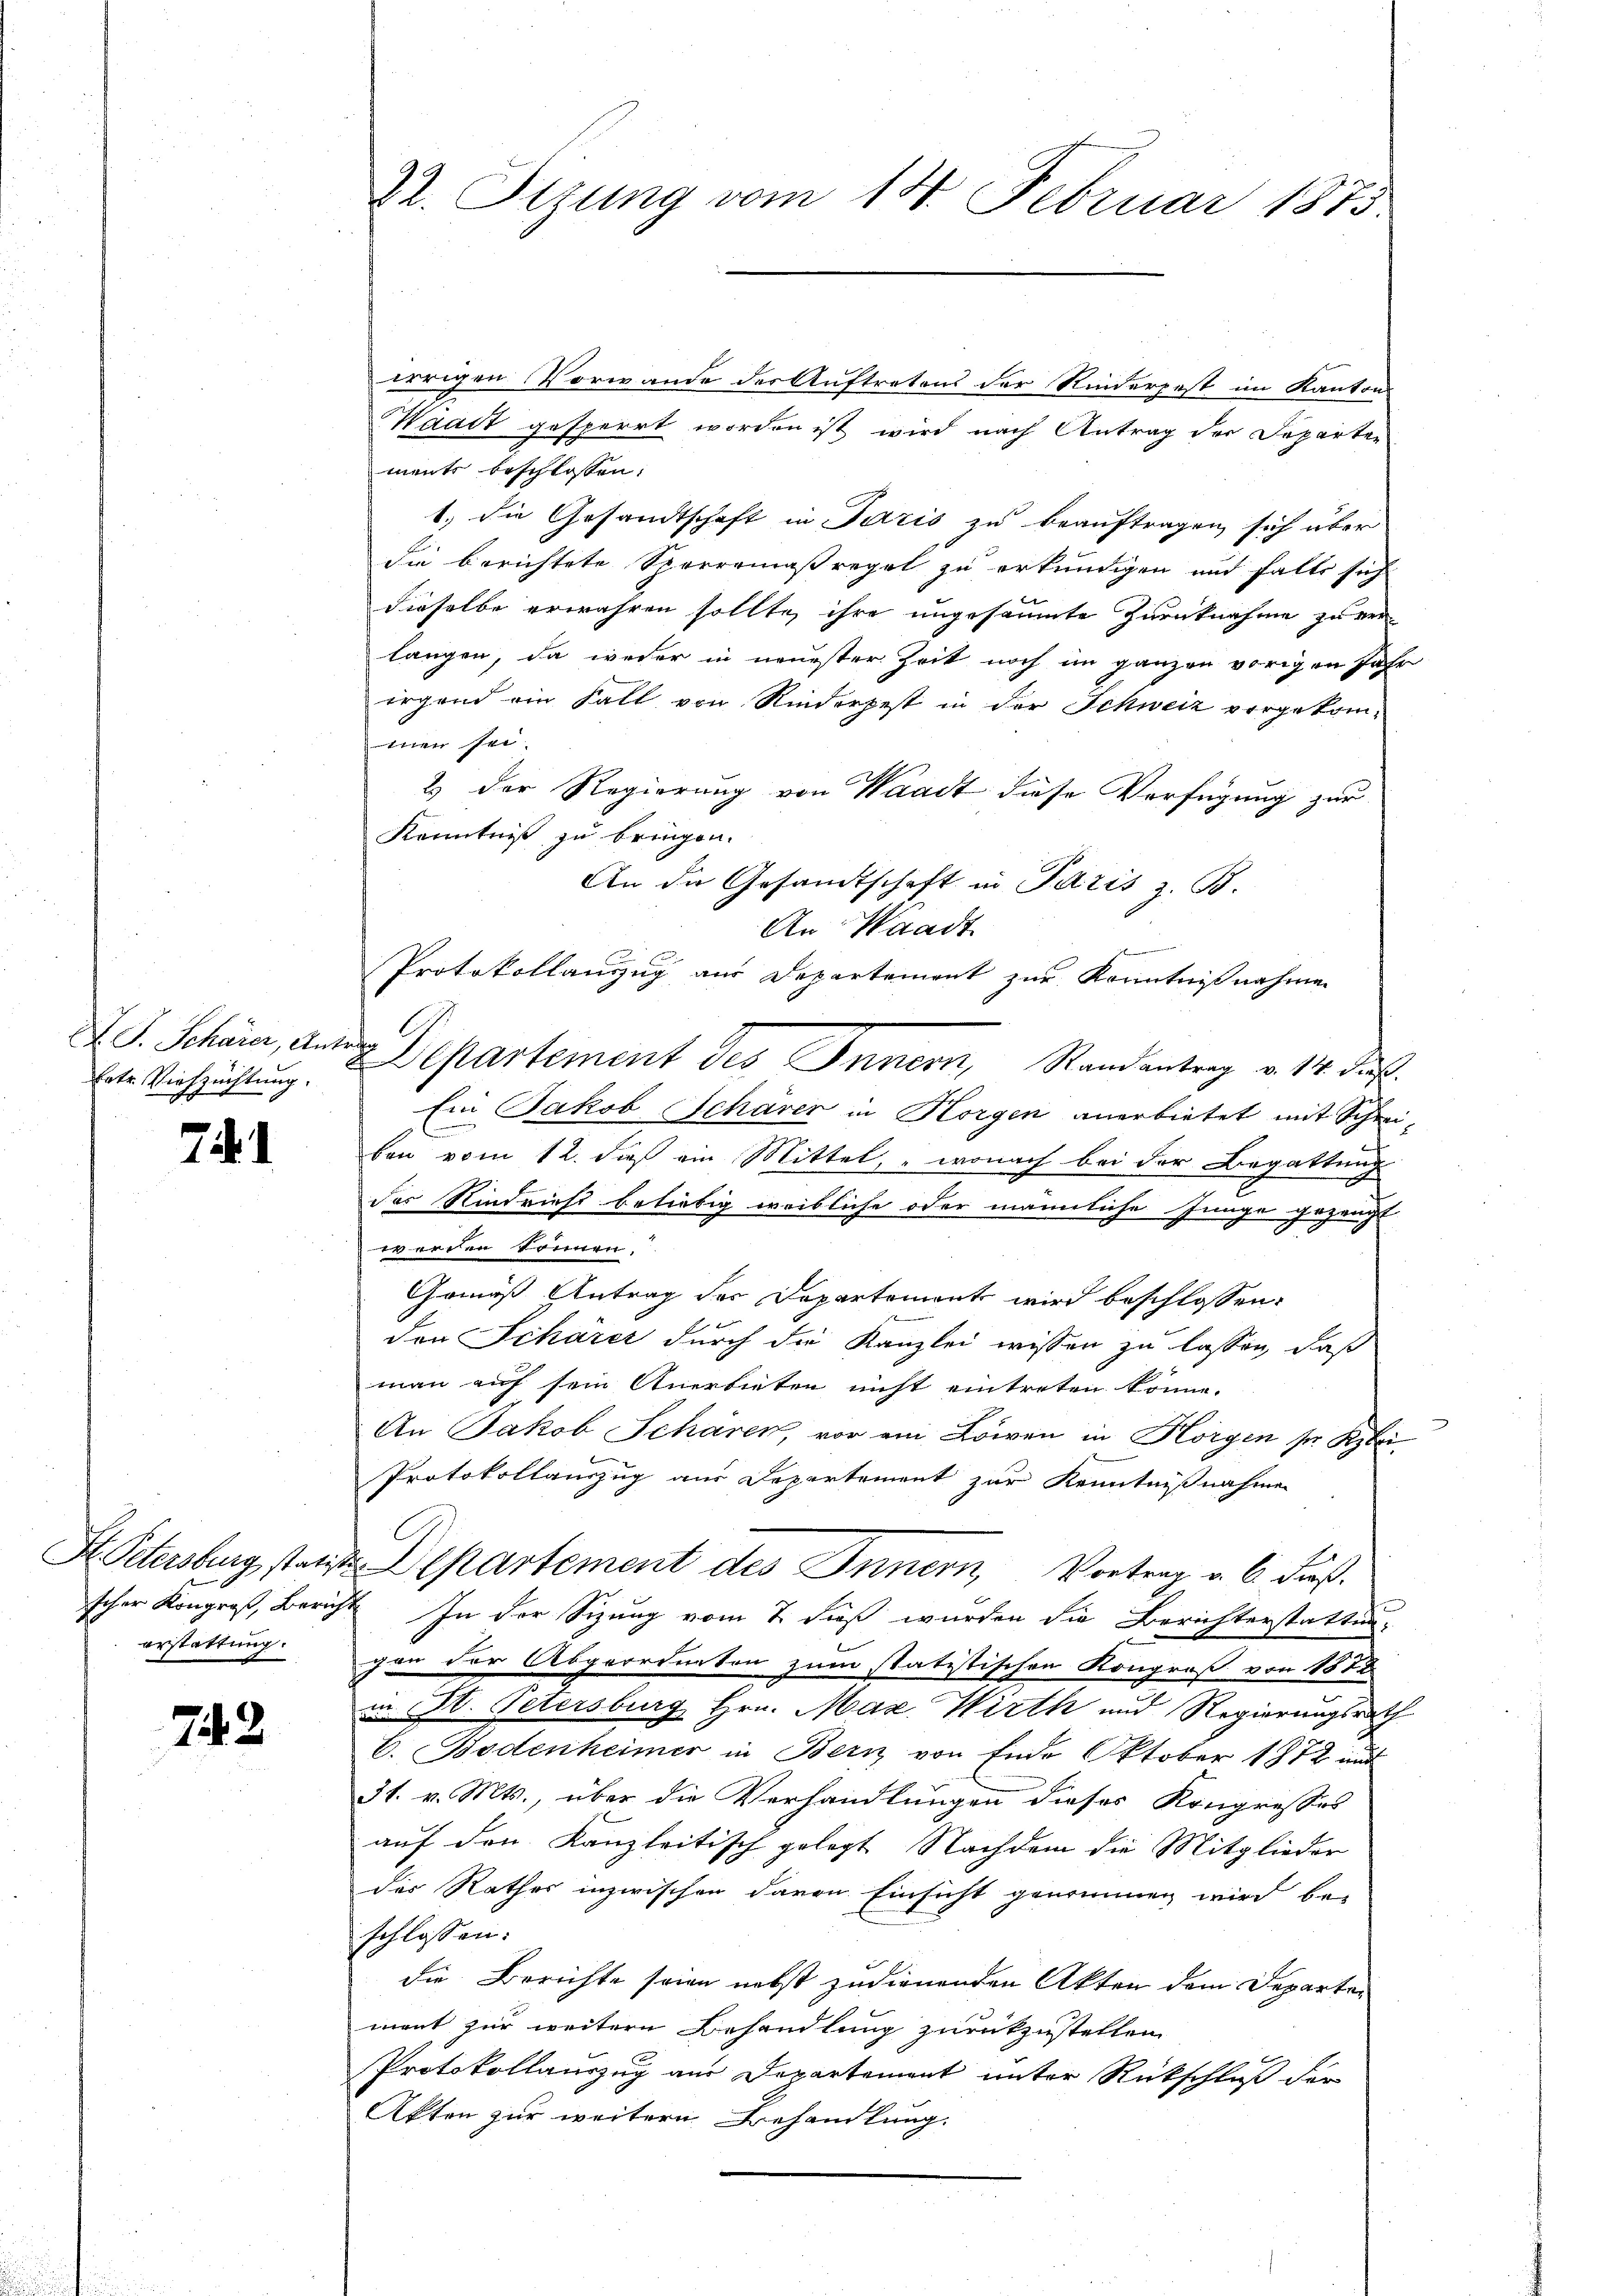
X S. Schärer, Antrag
Ertr. Viehzuchtung.

71. 1

erstattung

742

22. Stzung vom 14. Februar 1875.

irrigen Vorwande des Auftretens der Rinderpest im Kantons
Waadt gesperrt worden ist wird nach Antrag der Doparten
ments beschlossen:
1.) die Gesandtschaft in Paris zu beauftragen sich über
die berichtete Sperromaßregel zu erkundigen und falls sich
dieselbe erwähren sollte, ihre ungesäumte Zurücknahme zu verlangen, da weder in neuester Zeit noch im ganzen vorigen Jahr
irgend ein Fall von Rinderpest in der Schweiz vorgekommen sei.
2.) Der Regierung von Waadt diese Verfügung zur
Kenntniß zu bringen.
An die Gesandtschaft in Paris z. B.
An Waadt
Protokollauszug aus Departement zur Kenntnißnahmen
C.
Ein Jakob Schärer in Horgen anerbietet mit Schreil
ben vom 12. dieß ein Mittel, wonach bei der Begattung
des Rindriest beliebig weibliche oder männliche Junge gezeugt
werden können.
Gemäß Antrag des Departement wird beschlossen:
don Schärer durch die Kanzlei wissen zu lassen, daß
man auf sein Anerbieten nicht eintreten könne.
An Jakob Schären, vor ein Löwen in Hörgen sie Klei¬
Protokollauszug aus Departement zur Kenntnißnahme
C
St. Petersburg statt Departement des Innern, Vortrag a 6 dieß.
scher Kongroß, Bericht. In der Sizung vom 7. dieß wurden die Berichterstattungen der Abgeordneten zum statistischen Kongroß von 1882
in St. Petersburg Hrn. Max Wirth und Regierungsrath
C. Bodenheimer in Bern von Ende Oktober 1872 und
31. v. Mts., über die Verhandlungen dieses Kongresses
auf den Kanzleitisch gelegt. Nachdem die Mitglieder
der Rathes inzwischen davon Einsicht genommen wird be-
schlossen:
die Berichte seien nebst zudienenden Akten dem Departen
mant zur weitern Behandlung zurückzustellen.
Protokollauszug aus Departement unter Rückschluß der
Akten zur weitern Behandlung.

Departement des Innern, Randantrag v. 14 dus.